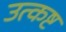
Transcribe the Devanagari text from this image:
उत्कष्ट